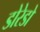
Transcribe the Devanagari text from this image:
डोरेडो